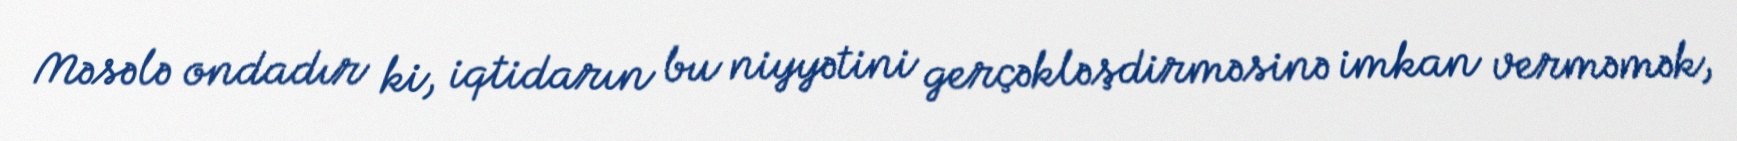
Məsələ ondadır ki, iqtidarın bu niyyətini gerçəkləşdirməsinə imkan verməmək,